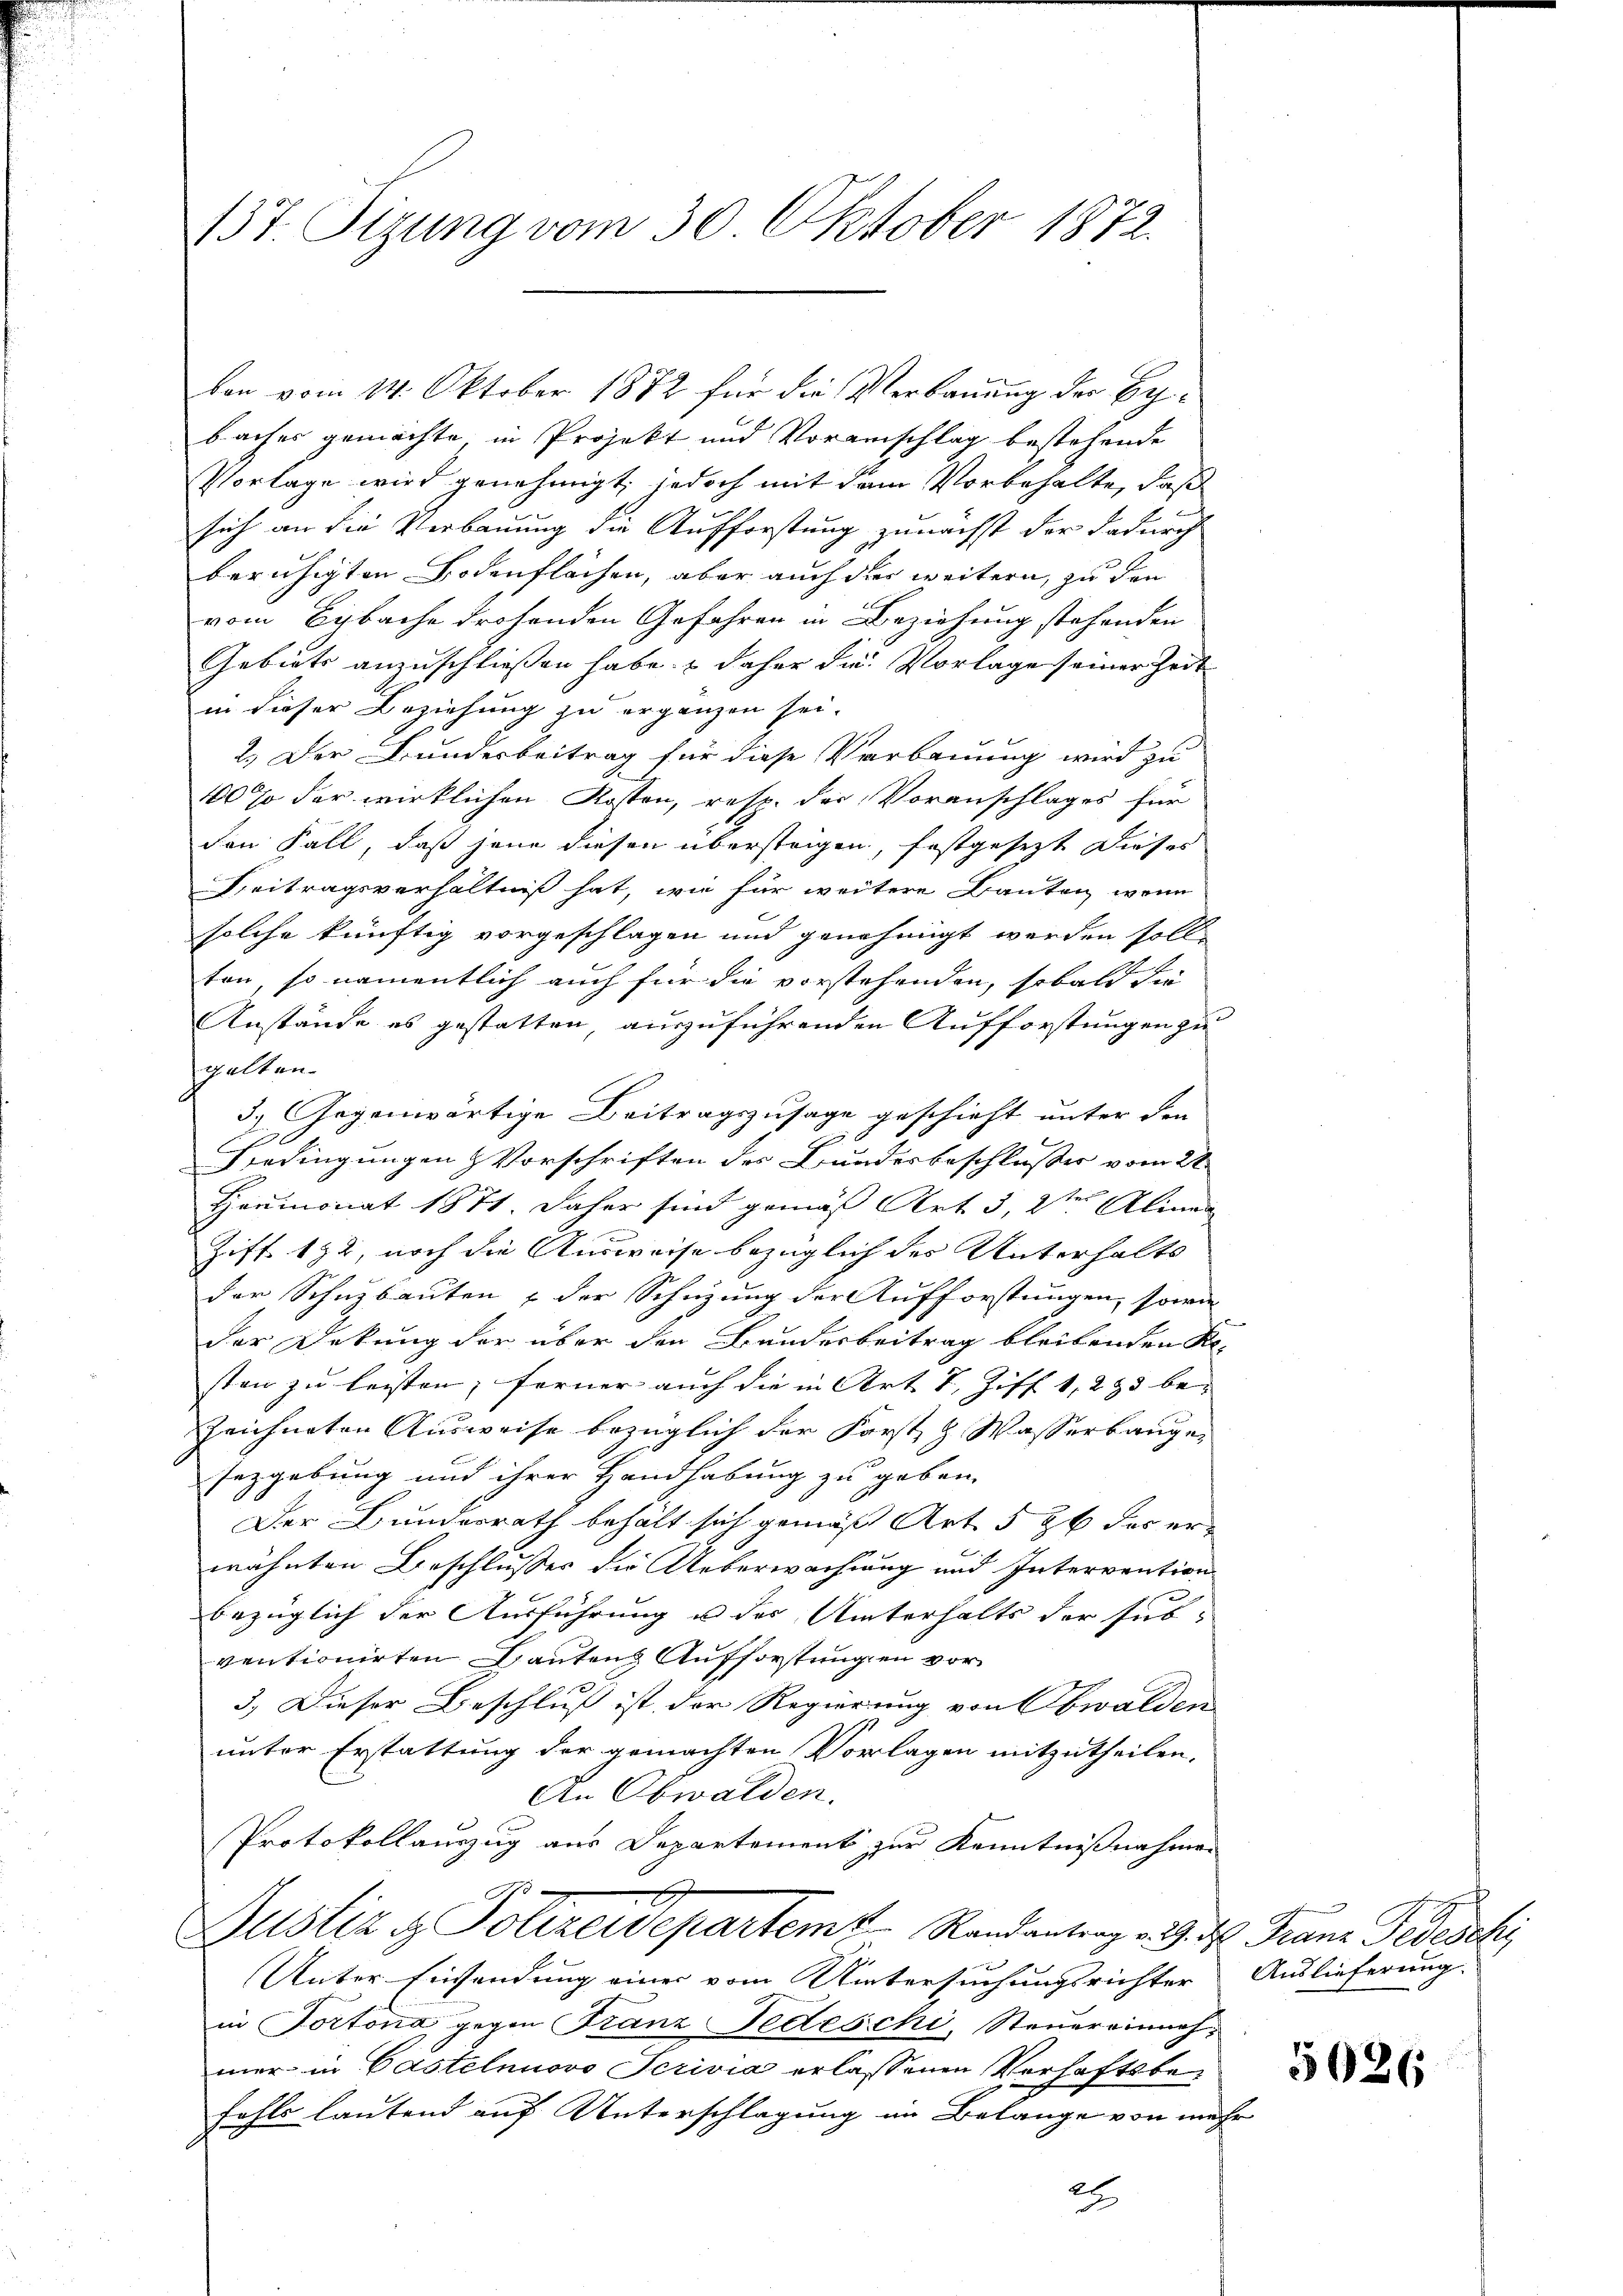
137. Sizung vom 30. Oktober 1872.

baches gemachte in Projekt und Voranschlag bestehende
Vorlage wird genehmigt; jedoch mit dem Vorbehalte, daß
sich an die Verbauung die Aufforstung zunächst der dadurch
beruhigten Bodenflächen, aber auch der weitern, zu den
vom Bybache drohenden Gefahren in Beziehung stehenden
Gebiets anzuschließen habe, daher die Vorlage seiner Zeit
in dieser Beziehung zu ergänzen sei.
2.) Der Bundesbeitrag für diese Verbauung wird zu
100% der wirklichen Kosten, resp. der Voranschlages für
den Fall, daß jene diesen übersteigen, festgesezt dieses
Beitragsverhältniß hat, wie für weitere Bauten, wenn
solche künftig vorgeschlagen und genehmigt werden solle
ten, so namentlich auch für die vorstehenden, sobald die
Anstände es gestatten, auszuführenden Aufforstungen zu
gelten.
3.) Gegenwärtige Beitragszusage geschieht unter den
6
Gedingungen Vorschriften des Bundesbeschlußes vom 22.
Heumonat 1871. Daher sind gemäß Art. 3, 2ten Alinen
Ziff. 172, noch die Ausweise bezüglich des Unterhalts
der Schuzbauten & der Schüzung der Aufforstungen, sowie
der Deckung der über den Bundesbeitrag bleibenden Re-
sten zu leisten; ferner auch die in Art. 7, Ziff. 1, 295 be-
Zeichneten Ausweise bezüglich der Forst & Wasserbaugen
sezgebung und ihrer Handhabung zu geben.
Der Bunderrath behält sich gemäß Art. 546 des er
wähnten Beschlusses die Ueberwachung und Intervention
bezüglich der Ausführung u der Unterhalts der sub-
ventionirten Gantens Aufforstungen vor¬
3.) Dieser Beschluß ist der Regierung von Obwalden
unter Erstattung der gemachten Vorlagen mitzutheilen,
An Obwalden.
Protokollauszug aus Departement zur Kenntnißnahmen
1
Justiz & Polizeidepartem Randantrag v. 29. ds Franz Fedesch
Unter Einsendung einer vom Untersuchungsrichter Auslieferung.
in Portona gegen Franz Fedeschi, Steuereinnahmer in Castelnuovo Scrivia erlassenen Verhaftsbefahls lautend auf Unterschlagung im Belange von mehr
2

von vom 14. Oktober 1882 für die Verbauung der Be¬

5026